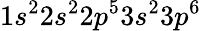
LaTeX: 1s^{2}2s^{2}2p^{5}3s^{2}3p^{6}